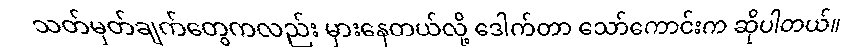
သတ်မှတ်ချက်တွေကလည်း မှားနေတယ်လို့ ဒေါက်တာ သော်ကောင်းက ဆိုပါတယ်။